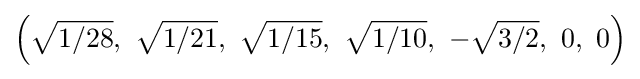
\left({\sqrt {1/28}},\ {\sqrt {1/21}},\ {\sqrt {1/15}},\ {\sqrt {1/10}},\ -{\sqrt {3/2}},\ 0,\ 0\right)